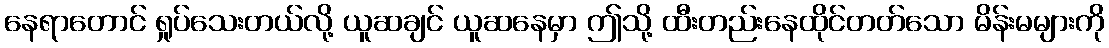
နေရာတောင် ရှုပ်သေးတယ်လို့ ယူဆချင် ယူဆနေမှာ ဤသို့ ထီးတည်းနေထိုင်တတ်သော မိန်းမများကို